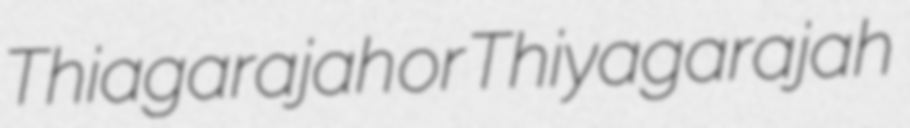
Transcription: Thiagarajah or Thiyagarajah